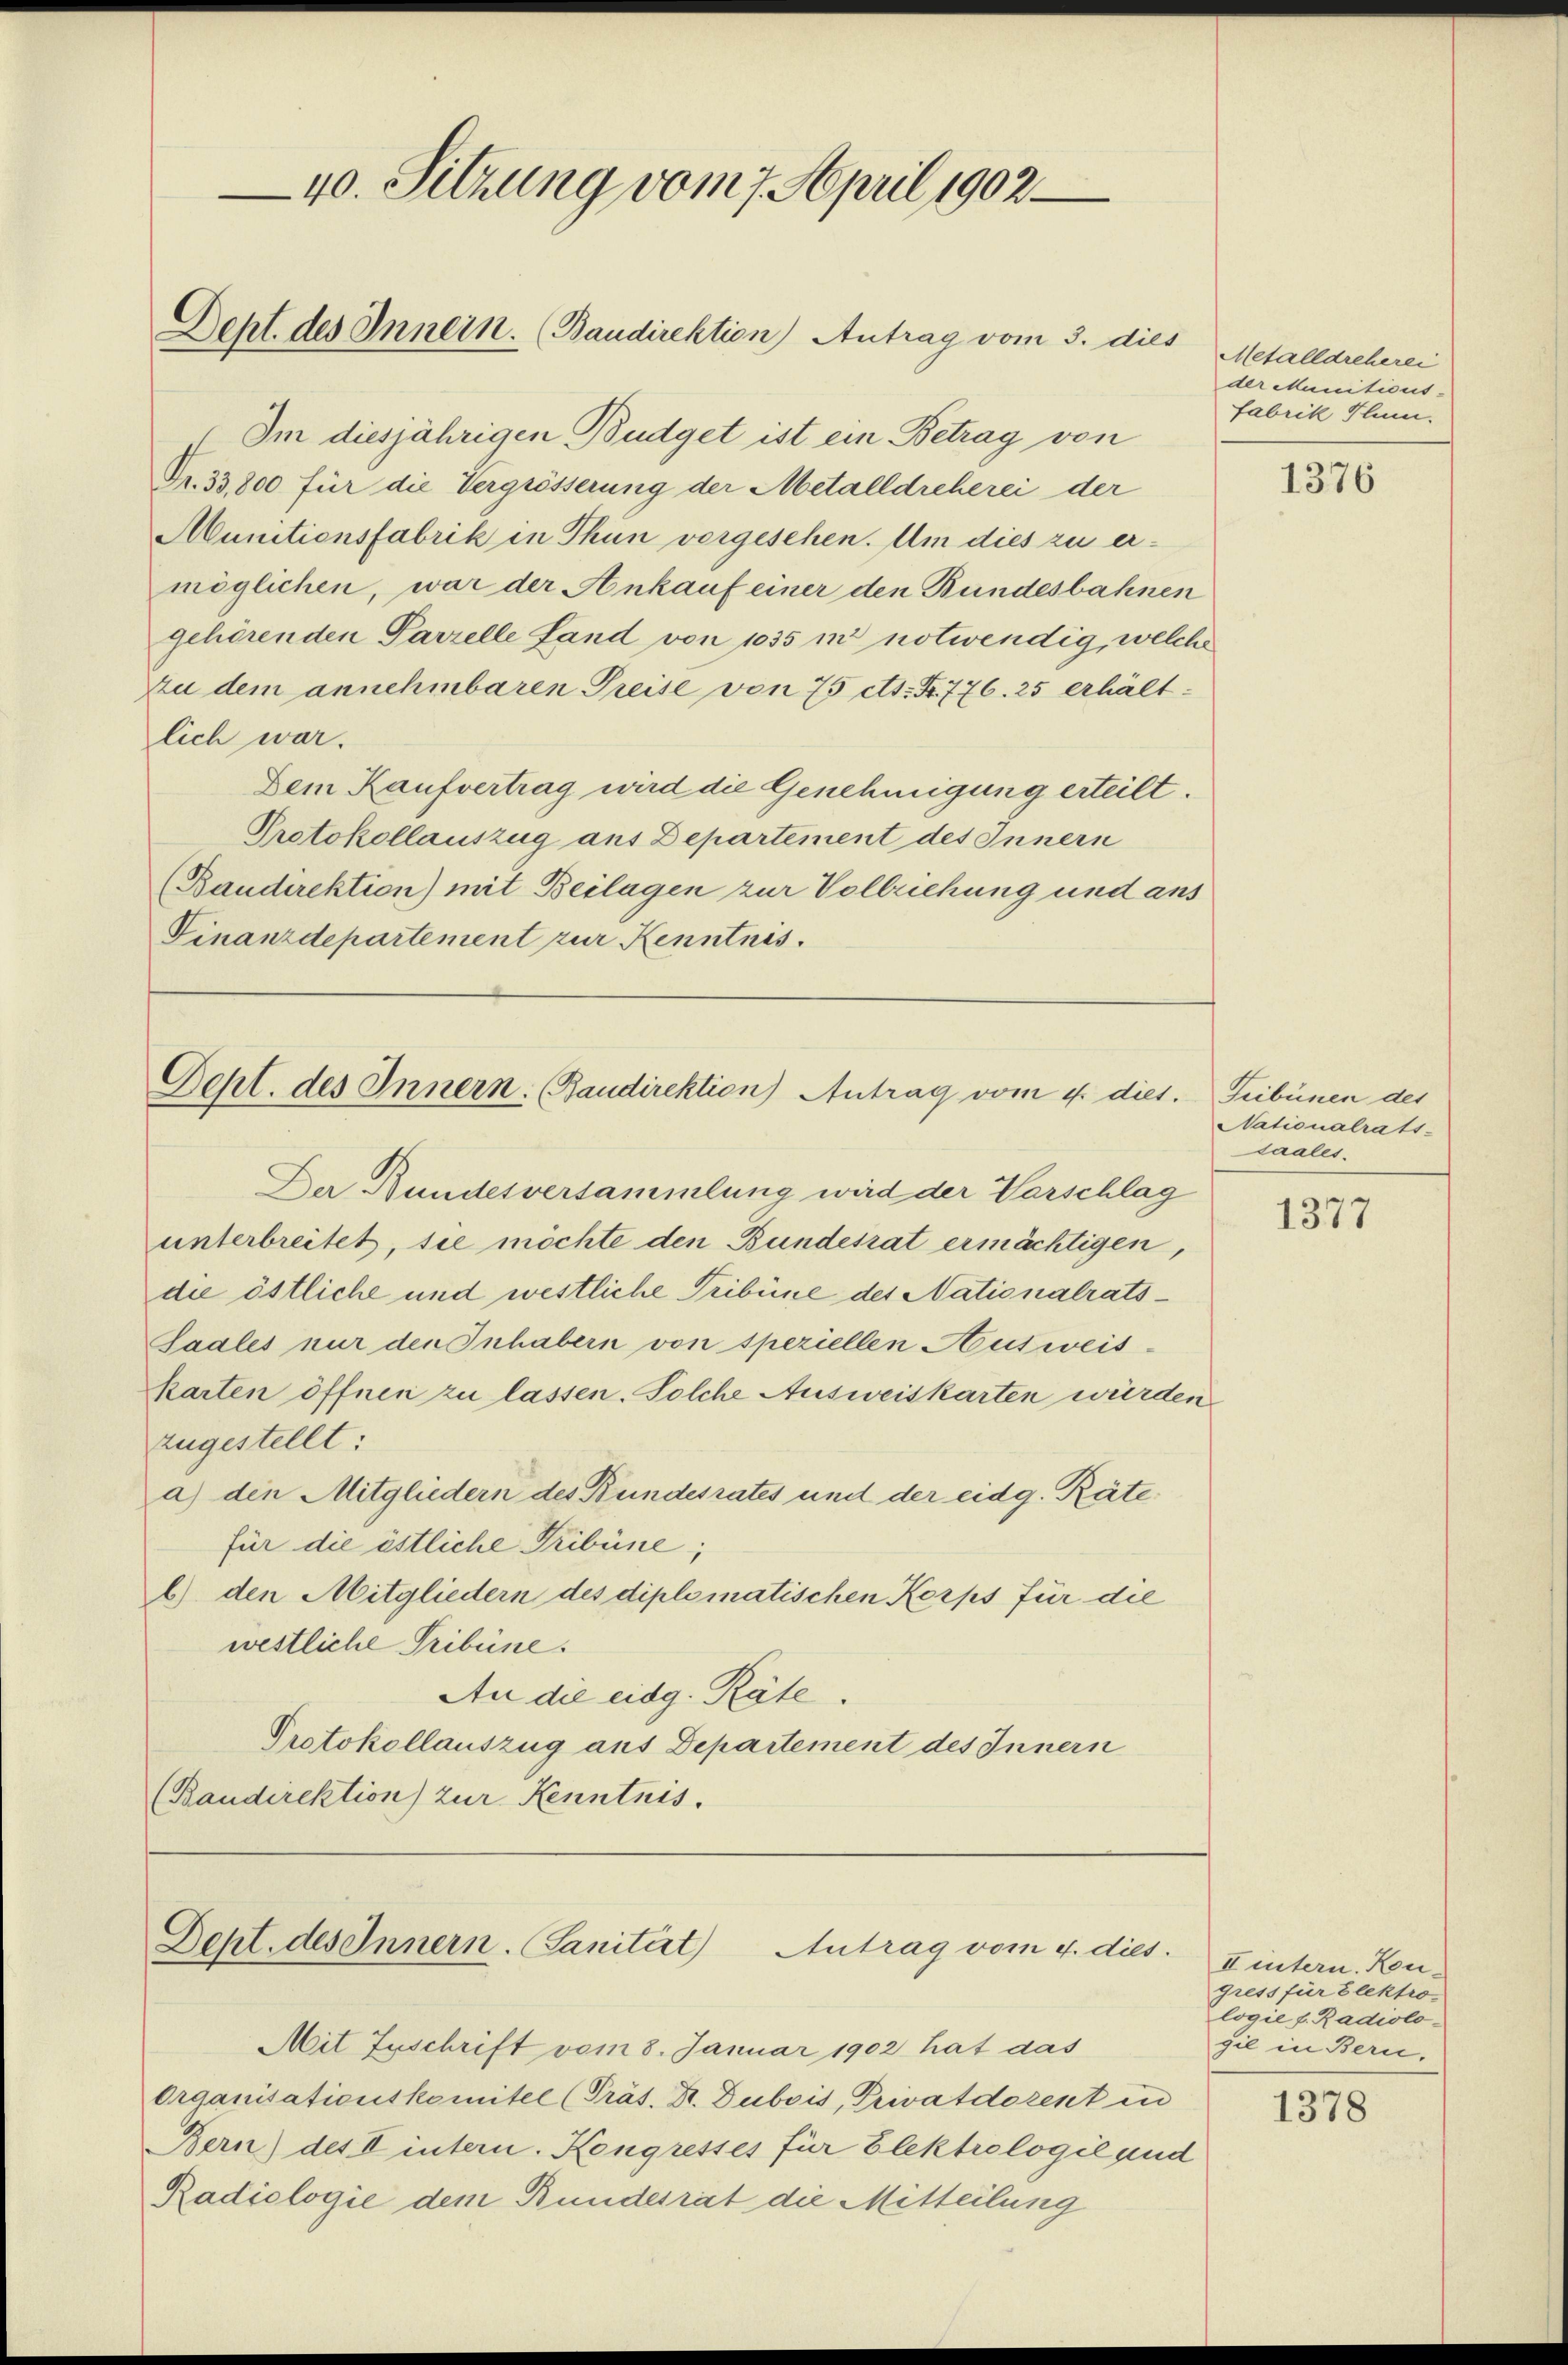
40. Sitzung vom 7. April 1902
Dept. des Innern. (Baudirektion) Antrag vom 3. dies

Im diesjährigen Budget ist ein Betrag von
Fr. 33,800 für die Vergrösserung der Metalldreherei der
Munitionsfabrik in Thun vorgesehen. Um dies zu er-
möglichen, war der Ankauf einer den Bundesbahnen
gehörenden Parzelle Land von 1035 m notwendig, welche
zu dem annehmbaren Preise von 75 cts. S. 776. 25 erhältlich war.
Dem Kaufvertrag wird die Genehmigung erteilt.
Protokollauszug aus Departement des Innern
(Baudirektion) mit Beilagen zur Vollziehung und ans
Finanzdepartement zur Kenntnis.

Dept. des Innern. Baudirektion) Antrag vom 4. dies.

Der Bundesversammlung wird der Vorschlag
unterbreitet, sie möchte den Bundesrat ermächtigen,
die östliche und westliche Tribüne des Nationalrats¬
Saales nur den Inhabern von speziellen Ausweis-
karten öffnen zu lassen. Solche Ausweiskarten würden
zugestellt:
a) den Mitgliedern des Bundesrates und der eidg. Räte
für die östliche Tribüne;
b) den Mitgliedern des diplomatischen Korps für die
westliche Tribüne.
An die eidg. Räte.
Protokollauszug aus Departement des Innern
(Baudirektion zur Kenntnis.

Dept. des Innern. Sanität Antrag vom 4. dies

Mit Zuschrift vom 8. Januar 1902 hat das
Organisationskomitel (Präs. Hr. Dubois, Privatdozent in
Bern) des II intern. Kongresses für Elektrologie und
Radiologie dem Bundesrat die Mitteilung

Metalldreherei
der Muniticis.
Fabrik Hlum.

1376

Tribünen des
Nationalrats-
saales.

1377

II intern. Kongress für Elektro
logie f. Radiolo-
gil in Bern,

1378